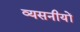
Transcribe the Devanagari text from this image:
व्यसनीयों